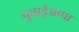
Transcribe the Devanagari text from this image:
पुचाईअप्पा